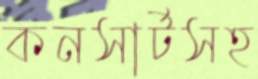
কনসার্টসহ